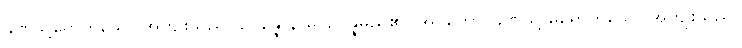
ခဏသို့ရောက်သော အကျိုးသည်။ ဥပ္ပန္နောနာမ၊ ဥပ္ပန္နမည်၏။ အပ္ပတ္တော၊ ခဏသို့ မရောက်သော အကျိုးသည်။